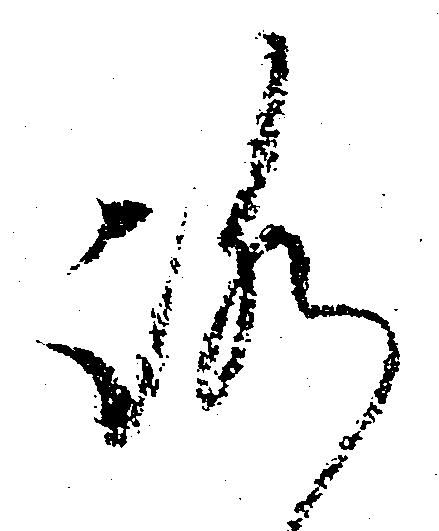
ろ